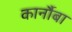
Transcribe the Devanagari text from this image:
कार्नौबा